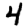
Digit: 4